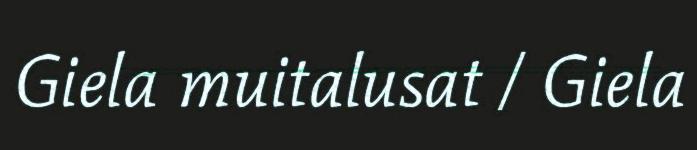
Giela muitalusat / Giela